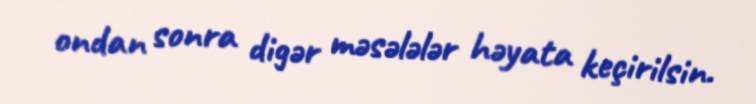
ondan sonra digər məsələlər həyata keçirilsin.